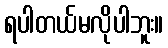
ရပါတယ်မလိုပါဘူး။